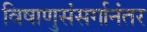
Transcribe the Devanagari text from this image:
विषाणुसंसर्गानंतर